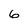
Character: 6